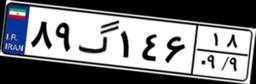
۸۹گ۱۴۶۱۸